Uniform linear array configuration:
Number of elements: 16
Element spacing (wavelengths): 0.5
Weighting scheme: binomial
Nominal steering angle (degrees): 15
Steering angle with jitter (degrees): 15.092
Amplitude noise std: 0.05
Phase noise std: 0.05

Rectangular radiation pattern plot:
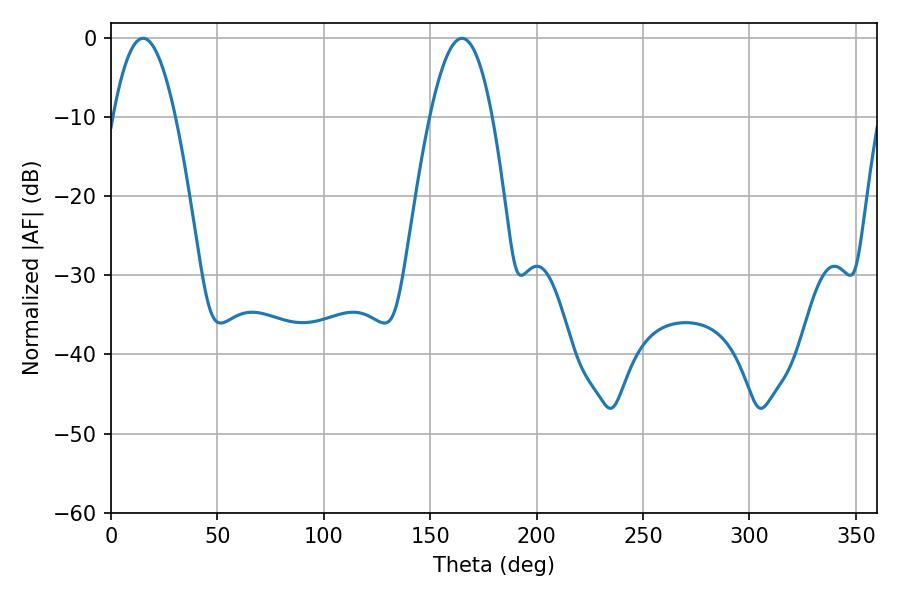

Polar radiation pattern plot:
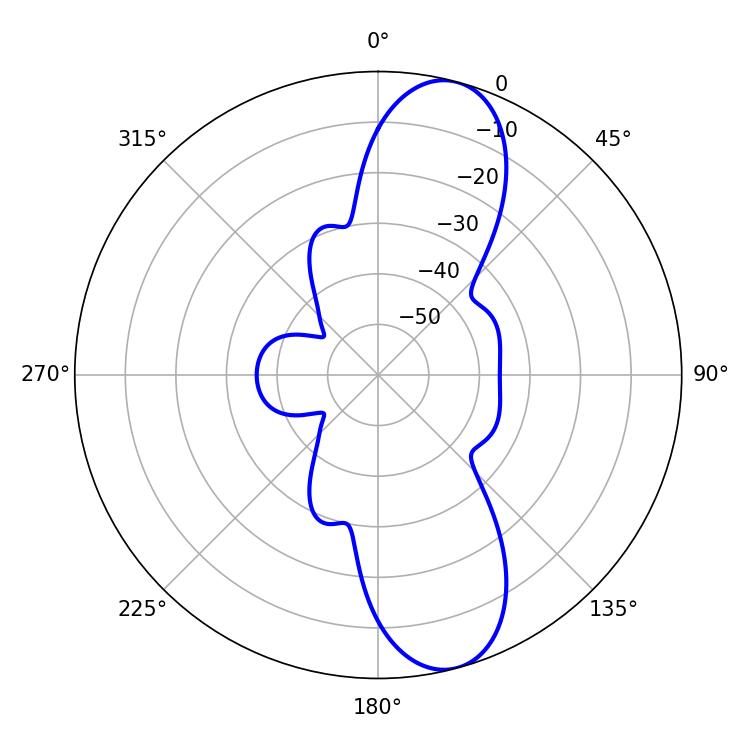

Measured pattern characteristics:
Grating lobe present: FALSE
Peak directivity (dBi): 11.009
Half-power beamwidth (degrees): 16.02
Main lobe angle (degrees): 15.12